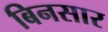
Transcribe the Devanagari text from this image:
बिनसार